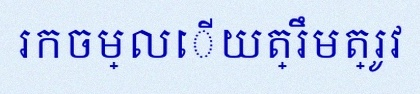
រកចម្លើយត្រឹមត្រូវ